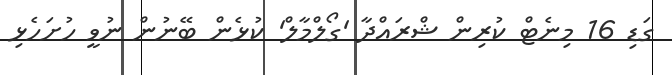
ގަޑި 16 މިނެޓް ކުރިން ޝްރައްދާ 'ގޯލްމާލް' ކުޅެން ބޭނުން ނުވީ ހުށަހެޅި